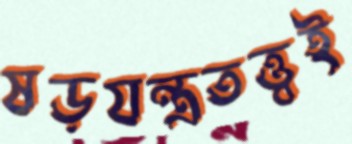
ষড়যন্ত্রতত্ত্বই